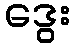
ဒွေး